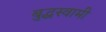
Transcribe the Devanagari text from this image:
बुद्धस्वामी